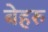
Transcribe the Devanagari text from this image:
बेहरु